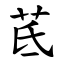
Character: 茋